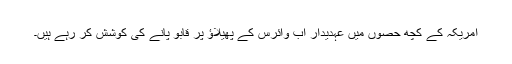
امریکہ کے کچھ حصوں میں عہدیدار اب وائرس کے پھیلاؤ پر قابو پانے کی کوشش کر رہے ہیں۔